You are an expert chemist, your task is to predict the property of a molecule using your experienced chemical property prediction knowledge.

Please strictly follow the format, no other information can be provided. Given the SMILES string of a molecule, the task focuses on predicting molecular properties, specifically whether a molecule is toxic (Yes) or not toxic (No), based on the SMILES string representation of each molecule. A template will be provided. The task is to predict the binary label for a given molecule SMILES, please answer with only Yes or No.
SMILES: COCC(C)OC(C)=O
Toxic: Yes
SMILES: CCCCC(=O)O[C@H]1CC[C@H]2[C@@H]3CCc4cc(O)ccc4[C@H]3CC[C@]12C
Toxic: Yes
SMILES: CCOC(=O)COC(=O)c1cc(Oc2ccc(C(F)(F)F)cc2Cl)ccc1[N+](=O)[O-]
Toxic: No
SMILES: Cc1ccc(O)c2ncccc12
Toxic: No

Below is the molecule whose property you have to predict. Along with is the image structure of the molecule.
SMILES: Cc1cc(CCC(=O)OCCOCCOCCOC(=O)CCc2cc(C)c(O)c(C(C)(C)C)c2)cc(C(C)(C)C)c1O
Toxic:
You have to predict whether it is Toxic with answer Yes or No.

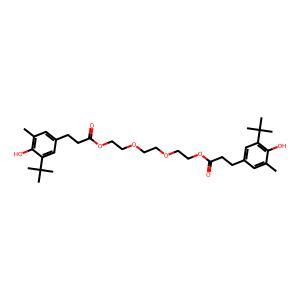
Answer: No